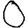
Digit: 0